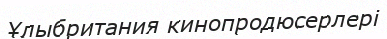
Ұлыбритания кинопродюсерлері